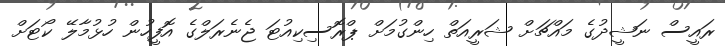
ރައީސް ނަޝީދުގެ މައްޗަށް ޝަރީއަތް ހިންގުމަށް ޕްރޮސިކިއުޓަ ޖެނެރަލްގެ އޮފީހުން ހުޅުމާލޭ ކޯޓަށް